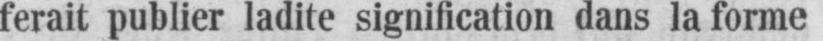
ferait publier ladite signification dans la forme